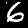
Digit: 6